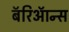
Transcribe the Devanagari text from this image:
बॅरिऑन्स